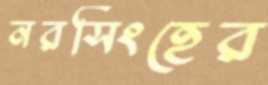
নরসিংহের